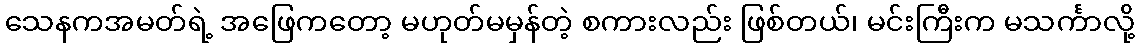
သေနကအမတ်ရဲ့ အဖြေကတော့ မဟုတ်မမှန်တဲ့ စကားလည်း ဖြစ်တယ်၊ မင်းကြီးက မသင်္ကာလို့